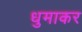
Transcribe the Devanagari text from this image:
धुमाकर